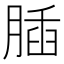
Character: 𦝥